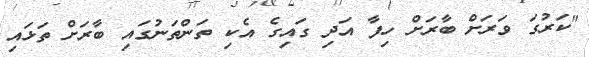
"ކަރުގަ ވަރަށް ބާރަށް ހިފާ އަދި ގައިގެ އެކި ތަންތަނުގައި ބާރަށް ތަޅައި